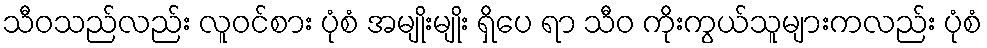
သီဝသည်လည်း လူဝင်စား ပုံစံ အမျိုးမျိုး ရှိပေ ရာ သီဝ ကိုးကွယ်သူများကလည်း ပုံစံ